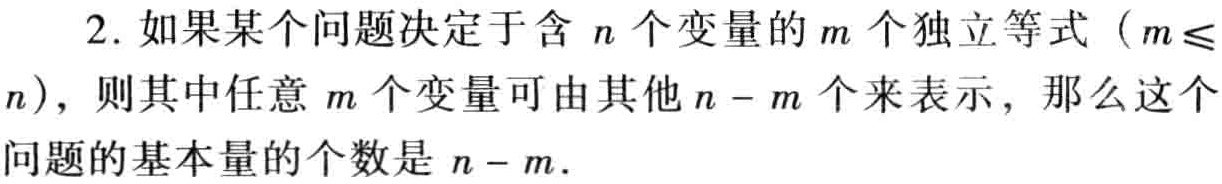
2. 如果某个问题决定于含 \(n\) 个变量的 \(m\) 个独立等式（\(m\leqslant n\)），则其中任意 \(m\) 个变量可由其他 \(n - m\) 个来表示，那么这个问题的基本量的个数是 \(n - m\).